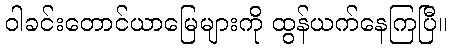
ဝါခင်းတောင်ယာမြေများကို ထွန်ယက်နေကြပြီ။